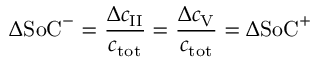
\Delta \mathrm { S o C } ^ { - } = \frac { \Delta c _ { \mathrm { I I } } } { c _ { \mathrm { t o t } } } = \frac { \Delta c _ { \mathrm { V } } } { c _ { \mathrm { t o t } } } = \Delta \mathrm { S o C } ^ { + }